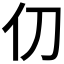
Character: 𫢈